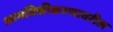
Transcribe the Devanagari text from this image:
जागतिकीकरणावरील